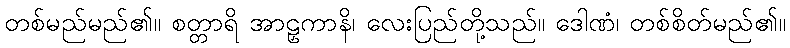
တစ်မည်မည်၏။ စတ္တာရိ အာဠှကာနိ၊ လေးပြည်တို့သည်။ ဒေါဏံ၊ တစ်စိတ်မည်၏။